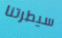
سيطرتنا